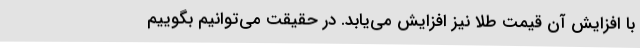
با افزایش آن قیمت طلا نیز افزایش می‌یابد. در حقیقت می‌توانیم بگوییم